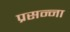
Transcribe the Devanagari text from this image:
प्रसन्‍ना